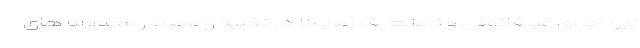
زیرا اجرای غیرقانونی و نامتعارف آمریکا در تخلیه و مصادر محموله های